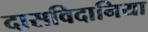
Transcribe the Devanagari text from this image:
दासविदानिया